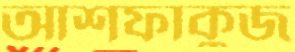
আশফাকুজ